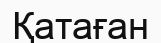
Қатаған